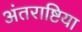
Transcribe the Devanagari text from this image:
अंतराष्टिया